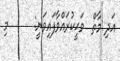
އަދި މާތް  ވަޙީކުރައްވާފައިވަނީ:      މި